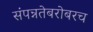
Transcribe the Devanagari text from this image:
संपन्नतेबरोबरच